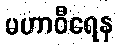
မဟာဝီရေန